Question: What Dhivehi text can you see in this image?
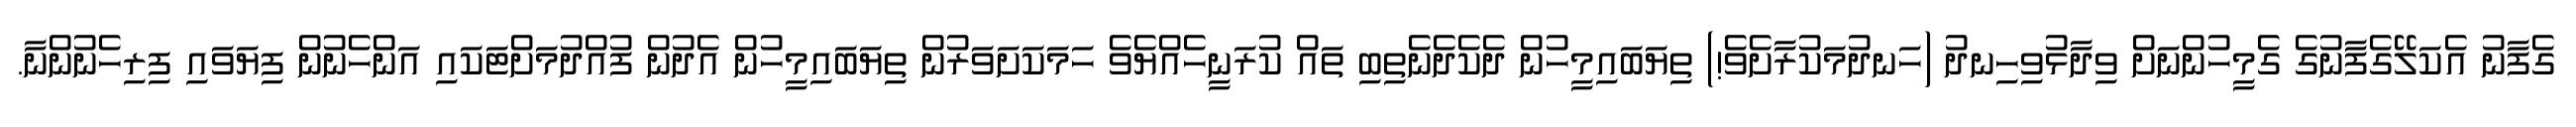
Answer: ގެފާނު އެކަލޭގެފާނުގެ ގެމީހުންނަށް ވިދާޅުވިހިނދު (ހަނދުމަކުރާށެވެ!) ތިޔަބައިމީހުން ދެކެދެނެތިބި ތައް ކުރަނީހެއްޔެވެ ހަމަކަށަވަރުން ތިޔަބައިމީހުން އެދުން ފުއްދުމަށްޓަކައި އަންހެނުން ފިޔަވައި ފިރިހެނުންނާ.